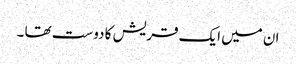
ان میں ایک قریش کا دوست تھا ۔